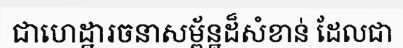
ជាហេដ្ឋារចនាសម្ព័ន្ឋដ៏សំខាន់ ដែលជា